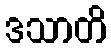
ဒသာတိ